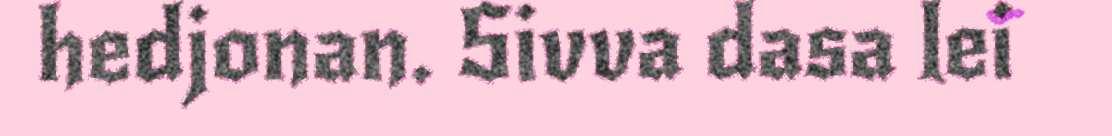
hedjonan. Sivva dasa lei